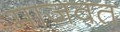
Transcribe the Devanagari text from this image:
माजवत